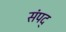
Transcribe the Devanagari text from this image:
संपद्